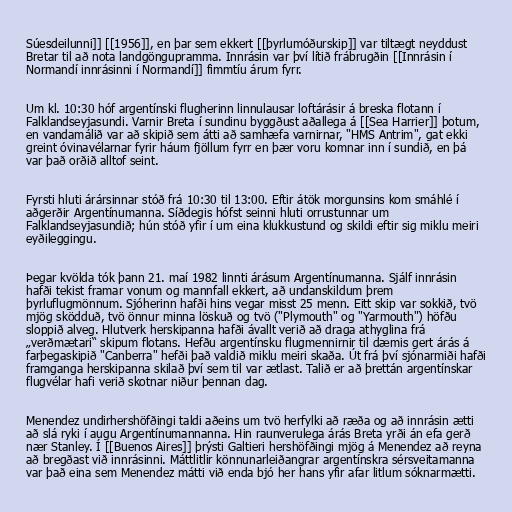
Súesdeilunni]] [[1956]], en þar sem ekkert [[þyrlumóðurskip]] var tiltægt neyddust
Bretar til að nota landgöngupramma. Innrásin var því lítið frábrugðin [[Innrásin í
Normandí innrásinni í Normandí]] fimmtíu árum fyrr.

Um kl. 10:30 hóf argentínski flugherinn linnulausar loftárásir á breska flotann í
Falklandseyjasundi. Varnir Breta í sundinu byggðust aðallega á [[Sea Harrier]] þotum,
en vandamálið var að skipið sem átti að samhæfa varnirnar, "HMS Antrim", gat ekki
greint óvinavélarnar fyrir háum fjöllum fyrr en þær voru komnar inn í sundið, en þá
var það orðið alltof seint.

Fyrsti hluti árársinnar stóð frá 10:30 til 13:00. Eftir átök morgunsins kom smáhlé í
aðgerðir Argentínumanna. Síðdegis hófst seinni hluti orrustunnar um
Falklandseyjasundið; hún stóð yfir í um eina klukkustund og skildi eftir sig miklu meiri
eyðileggingu.

Þegar kvölda tók þann 21. maí 1982 linnti árásum Argentínumanna. Sjálf innrásin
hafði tekist framar vonum og mannfall ekkert, að undanskildum þrem
þyrluflugmönnum. Sjóherinn hafði hins vegar misst 25 menn. Eitt skip var sokkið, tvö
mjög sködduð, tvö önnur minna löskuð og tvö ("Plymouth" og "Yarmouth") höfðu
sloppið alveg. Hlutverk herskipanna hafði ávallt verið að draga athyglina frá
„verðmætari“ skipum flotans. Hefðu argentínsku flugmennirnir til dæmis gert árás á
farþegaskipið "Canberra" hefði það valdið miklu meiri skaða. Út frá því sjónarmiði hafði
framganga herskipanna skilað því sem til var ætlast. Talið er að þrettán argentínskar
flugvélar hafi verið skotnar niður þennan dag.

Menendez undirhershöfðingi taldi aðeins um tvö herfylki að ræða og að innrásin ætti
að slá ryki í augu Argentínumannanna. Hin raunverulega árás Breta yrði án efa gerð
nær Stanley. Í [[Buenos Aires]] þrýsti Galtieri hershöfðingi mjög á Menendez að reyna
að bregðast við innrásinni. Máttlitlir könnunarleiðangrar argentínskra sérsveitamanna
var það eina sem Menendez mátti við enda bjó her hans yfir afar litlum sóknarmætti.